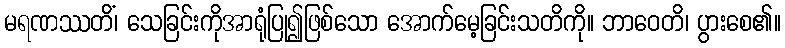
မရဏဿတိံ၊ သေခြင်းကိုအာရုံပြု၍ဖြစ်သော အောက်မေ့ခြင်းသတိကို။ ဘာဝေတိ၊ ပွားစေ၏။